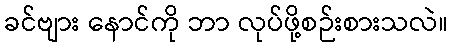
ခင်ဗျား နောင်ကို ဘာ လုပ်ဖို့စဉ်းစားသလဲ။